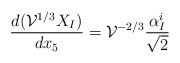
\begin{align*}\frac{d({\cal V}^{1/3}X_I)}{dx_5}={\cal V}^{-2/3}\frac{\alpha_I^i}{\sqrt 2}\end{align*}